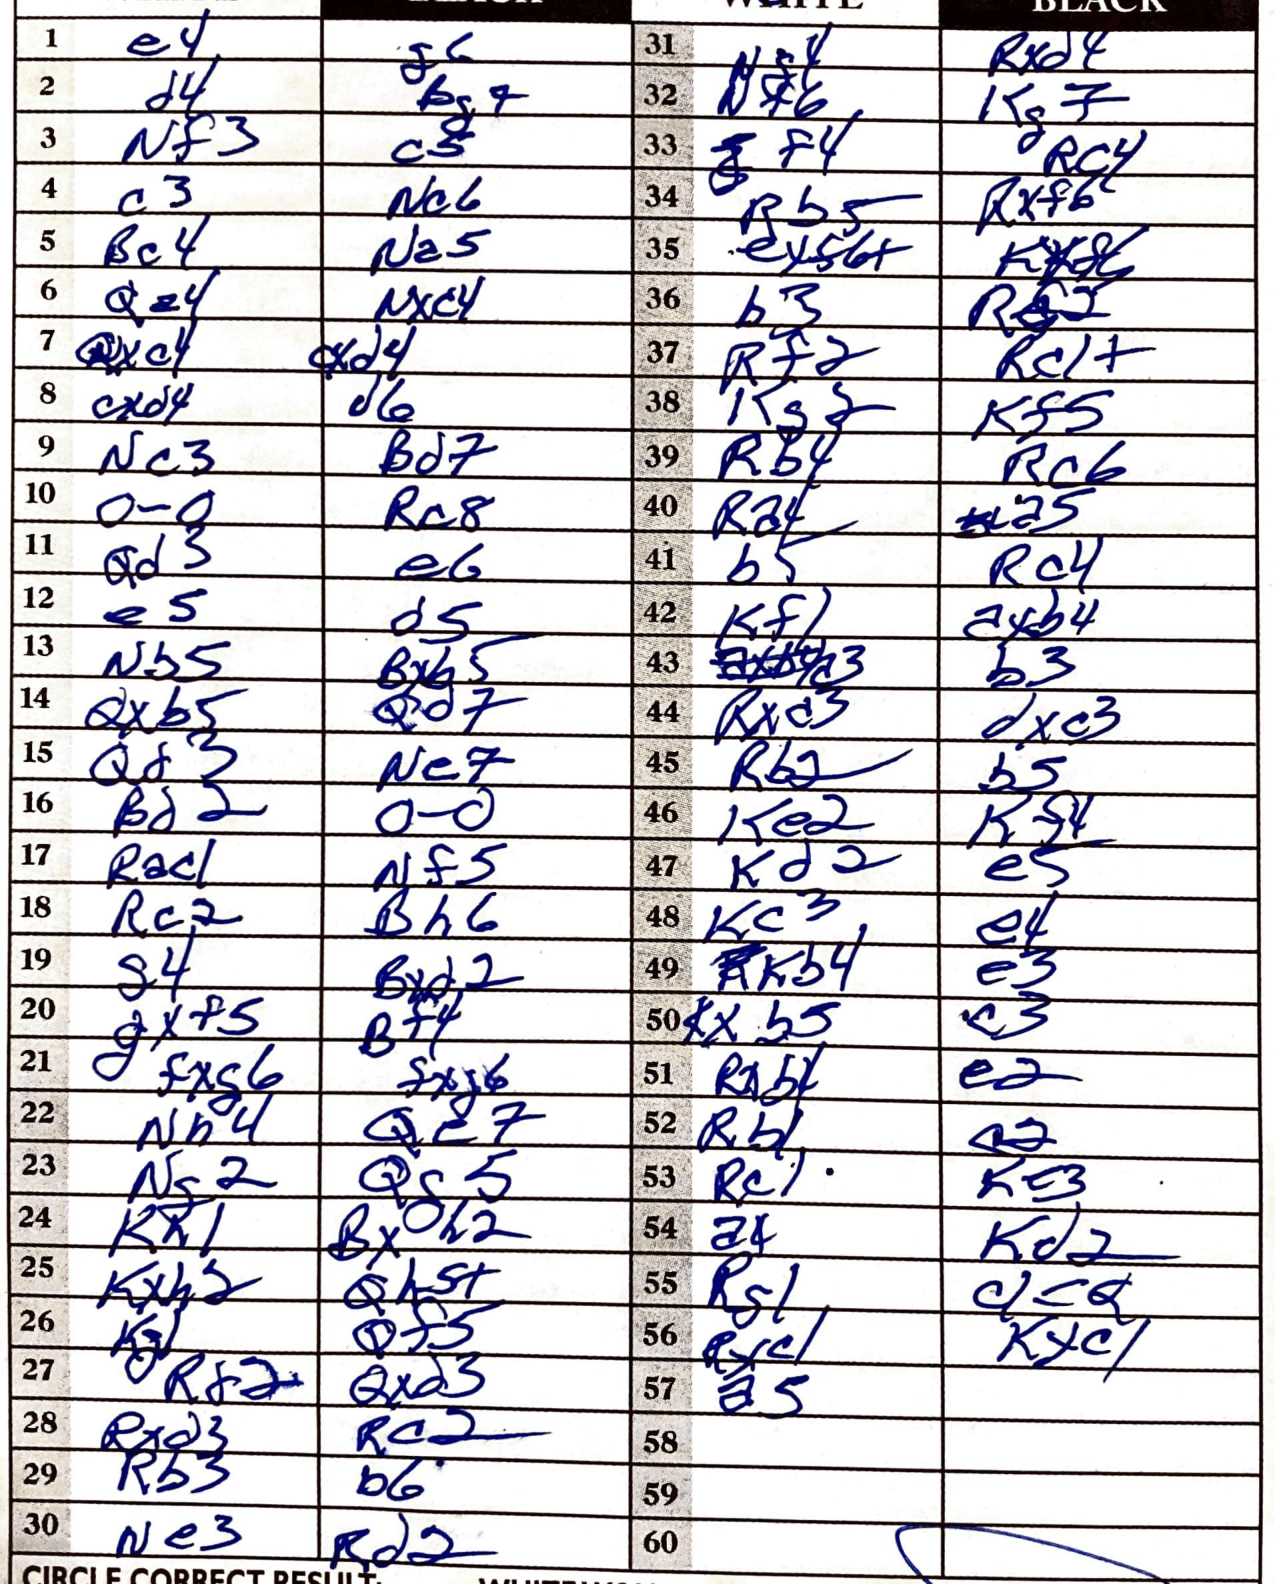
Moves: e4 g6 d4 Bg4 Nf3 c5 c3 Nc6 Bc4 Na5 Qa4 Nxc4 Qxc4 cxd4 cxd4 d6 Nc3 Bd7 O-O Rc8 Qd3 e6 e5 d5 Nb5 Bxb5 Qxb5 Ne7 Qd3 Ne7 Bd2 O-O Rac1 Nf5 Rc2 Bh6 g4 Bxd2 gxf5 Bf4 fxg6 fxg6 Nh4 Qe7 Ng2 Qg5 Kh1 Bxh2 Kxh2 Qh5+ Kg1 Qf5 Rf2 Qxd3 Rxd3 Rc2 Rb3 b6 Ne3 Rd2 Rxd4 Kg7 f4 Rc4 Rb5 Rxf6 ex56+ Kxf6 b3 Rf2 Rc1+ Kg2 Kf5 Rb4 Rc6 Ra4 a5 b5 Rc4 Kf1 axb4 b3 Rxd3 dxc3 Rb2 b5 Ke2 Kf4 Kd2 e5 Kc3 e4 Kb4 e3 Kxb5 c3 e2 Rb1 Rc1 Kc3 a4 Kd2 Rg1 c1=Q Rxc1 Kxc1 a5